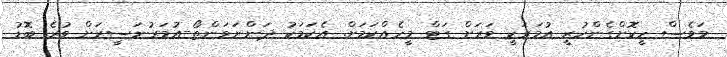
މަވެސް ހީކޮށްގެންހުރީ އުމަރަކީ ވަރަށް ގަޓް މީހެއްކަމަށް. އެކަމަކު ދަންނަވަންތޯ-އުމަރުނަސީރަށް ވުރެ ބޮޑު